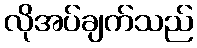
လိုအပ်ချက်သည်